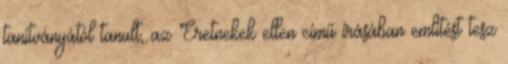
tanítványától tanult, az Eretnekek ellen című írásában említést tesz